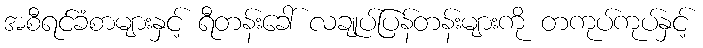
အစီရင်ခံစာများနှင့် ရီတန်းခေါ် လချုပ်ပြန်တန်းများကို တကုပ်ကုပ်နှင့်